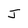
Character: J